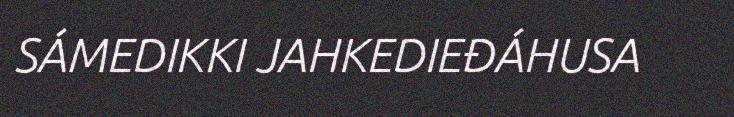
SÁMEDIKKI JAHKEDIEĐÁHUSA